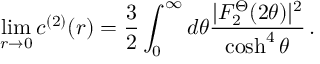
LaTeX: \operatorname * { l i m } _ { r \rightarrow 0 } c ^ { ( 2 ) } ( r ) = \frac { 3 } { 2 } \int _ { 0 } ^ { \infty } d \theta \frac { | F _ { 2 } ^ { \Theta } ( 2 \theta ) | ^ { 2 } } { \cosh ^ { 4 } \theta } \, .